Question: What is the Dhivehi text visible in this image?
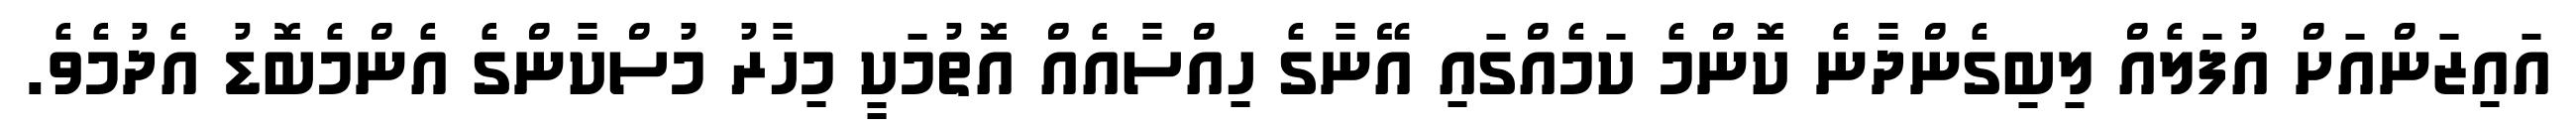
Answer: އައިޒަންއަށް އުފަލެއް ލިބިގެންދާނެ ކޮންމެ ކަމެއްގައި އޭނާގެ ހިއްސާއެއް އޮތުމަކީ މިހާރު މުސްކާންގެ އެންމެބޮޑު އެދުމެވެ.